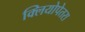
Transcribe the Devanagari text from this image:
क्लियोपेतरा